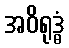
အဝိရုဒ္ဓံ